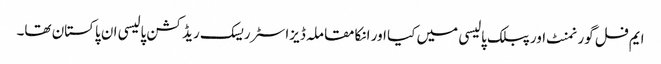
ایم فل گورنمنٹ اور پبلک پالیسی میں کیا اور انکا مقاملہ ڈیزاسٹر ریسک ریڈکشن پالیسی ان پاکستان تھا۔